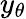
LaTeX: y_{\theta}